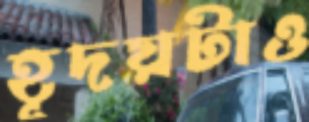
হূদয়টাও